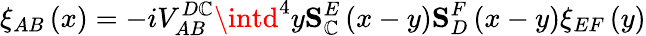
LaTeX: \xi_{AB}\left(x\right)=-iV_{AB}^{D\mathbb{C}}\intd^{4}y\mathbf{{S}}_{\mathbb{C}}^{E}\left(x-y\right)\mathbf{{S}}_{D}^{F}\left(x-y\right)\xi_{EF}\left(y\right)